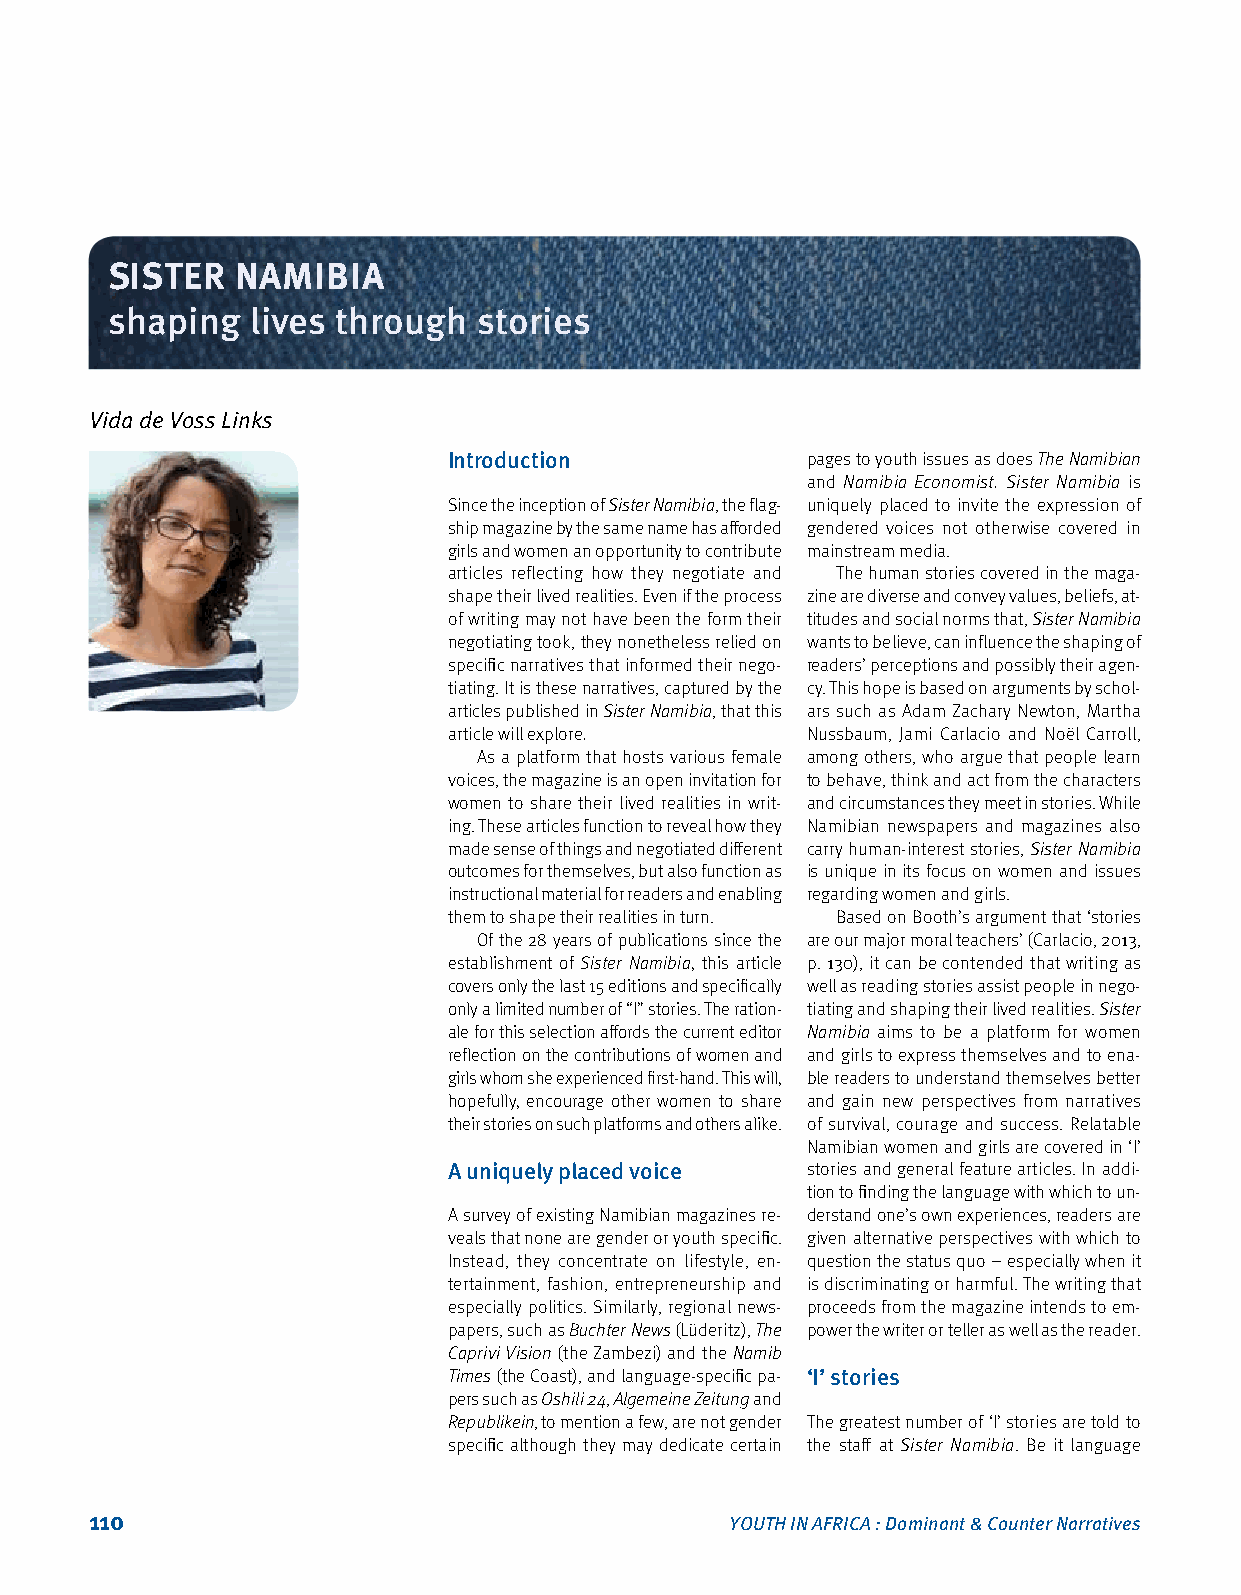
SISTER   NAMIBIA
 shaping   lives through  stories
 Vida de Voss Links
 Introduction           pages to youth issues as does The Namibian
 and Namibia Economist. Sister Namibia is
 Since the inception of Sister Namibia, the flag‑ uniquely placed to invite the expression of
 ship magazine by the same name has afforded gendered voices not otherwise covered in
 girls and women an opportunity to contribute mainstream media.
 articles reflecting how they negotiate and The human stories covered in the maga‑
 shape their lived realities. Even if the process zine are diverse and convey values, beliefs, at‑
 of writing may not have been the form their titudes and social norms that, Sister Namibia
 negotiating took, they nonetheless relied on wants to believe, can influence the shaping of
 specific narratives that informed their nego‑ readers’ perceptions and possibly their agen‑
 tiating. It is these narratives, captured by the cy. This hope is based on arguments by schol‑
 articles published in Sister Namibia, that this ars such as Adam Zachary Newton, Martha
 article will explore.  Nussbaum, Jami Carlacio and Noël Carroll,
 As a platform that hosts various female among others, who argue that people learn
 voices, the magazine is an open invitation for to behave, think and act from the characters
 women to share their lived realities in writ‑ and circumstances they meet in stories. While
 ing. These articles function to reveal how they Namibian newspapers and magazines also
 made sense of things and negotiated different carry human‑interest stories, Sister Namibia
 outcomes for themselves, but also function as is unique in its focus on women and issues
 instructional material for readers and enabling regarding women and girls.
 them to shape their realities in turn. Based on Booth’s argument that ‘stories
 Of the 28 years of publications since the are our major moral teachers’ (Carlacio, 2013,
 establishment of Sister Namibia, this article p. 130), it can be contended that writing as
 covers only the last 15 editions and specifically well as reading stories assist people in nego‑
 only a limited number of “I” stories. The ration‑ tiating and shaping their lived realities. Sister
 ale for this selection affords the current editor Namibia aims to be a platform for women
 reflection on the contributions of women and and girls to express themselves and to ena‑
 girls whom she experienced first‑hand. This will, ble readers to understand themselves better
 hopefully, encourage other women to share and gain new perspectives from narratives
 their stories on such platforms and others alike. of survival, courage and success. Relatable
 Namibian women and girls are covered in ‘I’
 A uniquely placed voice stories and general feature articles. In addi‑
 tion to finding the language with which to un‑
 A survey of existing Namibian magazines re‑ derstand one’s own experiences, readers are
 veals that none are gender or youth specific. given alternative perspectives with which to
 Instead, they concentrate on lifestyle, en‑ question the status quo – especially when it
 tertainment, fashion, entrepreneurship and is discriminating or harmful. The writing that
 especially politics. Similarly, regional news‑ proceeds from the magazine intends to em‑
 papers, such as Buchter News (Lüderitz), The power the writer or teller as well as the reader.
 Caprivi Vision (the Zambezi) and the Namib
 Times (the Coast), and language‑specific pa‑ ‘I’ stories
 pers such as Oshili 24, Algemeine Zeitung and
 Republikein, to mention a few, are not gender The greatest number of ‘I’ stories are told to
 specific although they may dedicate certain the staff at Sister Namibia. Be it language
 110                                       YOUTH IN AFRICA : Dominant & Counter Narratives